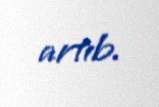
artıb.